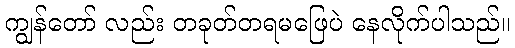
ကျွန်တော် လည်း တခုတ်တရမဖြေပဲ နေလိုက်ပါသည်။